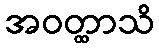
အဝတ္ထာသိ